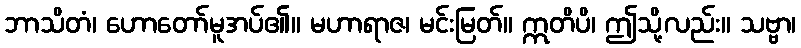
ဘာသိတံ၊ ဟောတော်မူအပ်၏။ မဟာရာဇ၊ မင်းမြတ်။ ဣတိပိ၊ ဤသို့လည်း။ သဗ္ဗာ၊